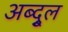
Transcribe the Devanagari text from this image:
अब्दु्ल